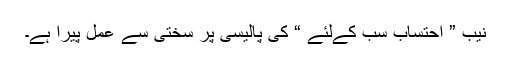
نیب ” احتساب سب کےلئے “ کی پالیسی پر سختی سے عمل پیرا ہے۔